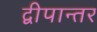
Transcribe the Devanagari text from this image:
द्वीपान्तर